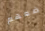
ضعهم